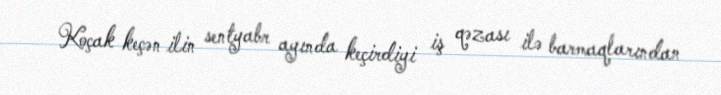
Koçak keçən ilin sentyabr ayında keçirdiyi iş qəzası ilə barmaqlarından